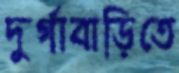
দুর্গাবাড়িতে